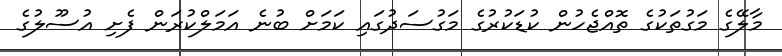
މާލޭގެ މަގުތަކުގެ ތޮއްޖެހުން ކުޑަކުރުގެ މަގުސަދުގައި ކަމަށް ބުނެ އަމަލްކުރަން ފެށި އުސޫލުގެ